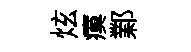
炫瘼鄴